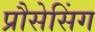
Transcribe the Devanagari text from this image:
प्रौसेसिंग